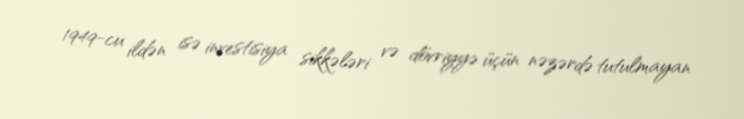
1949-cu ildən isə investisiya sikkələri və dövriyyə üçün nəzərdə tutulmayan